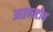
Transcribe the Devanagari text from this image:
आइन्‍स्‍टीन